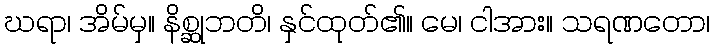
ဃရာ၊ အိမ်မှ။ နိစ္ဆုဘတိ၊ နှင်ထုတ်၏။ မေ၊ ငါအား။ သရဏတော၊